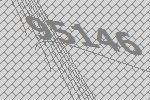
95146